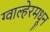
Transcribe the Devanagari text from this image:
ग्वाल्हेरमधून